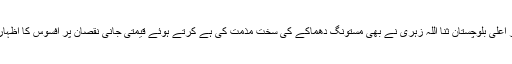
وزیر اعلیٰ بلوچستان ثنا اللہ زہری نے بھی مستونگ دھماکے کی سخت مذمت کی ہے کرتے ہوئے قیمتی جانی نقصان پر افسوس کا اظہار کیا۔